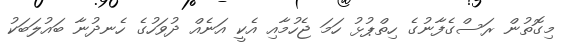
މިގޮތުން ރަސްގެފާނުގެ ހިތްޕުޅު ހަމަ ޖެހުމާއި އެކީ އަނެއް ދުވަހުގެ ހެނދުނާ ބައުލަބަކު